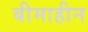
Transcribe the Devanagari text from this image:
बीमाहीन